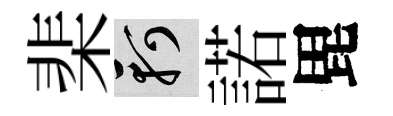
棐軻諾毘